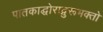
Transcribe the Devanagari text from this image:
पातकाद्घोराद्गुरूभक्तो